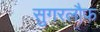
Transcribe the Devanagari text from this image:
सुगरलौफ